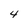
Character: 4